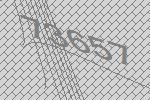
73657